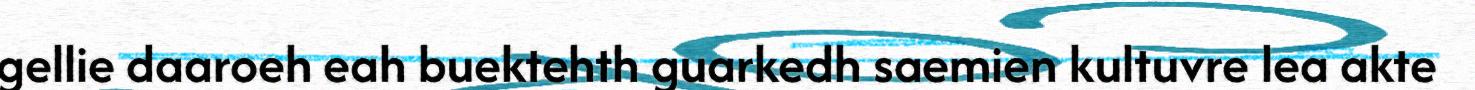
gellie daaroeh eah buektehth guarkedh saemien kultuvre lea akte